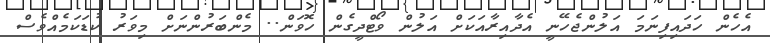
އެހެން ހަދައިފިނަމަ އަލުންޖެހޭނީ އެދާއިރާއަކަށް އަލުން ވޯޓްދީގެން ހޮވަން.. މެންބަރުންނަށް މިވަރު ކުޑަކަމެއްވެސް